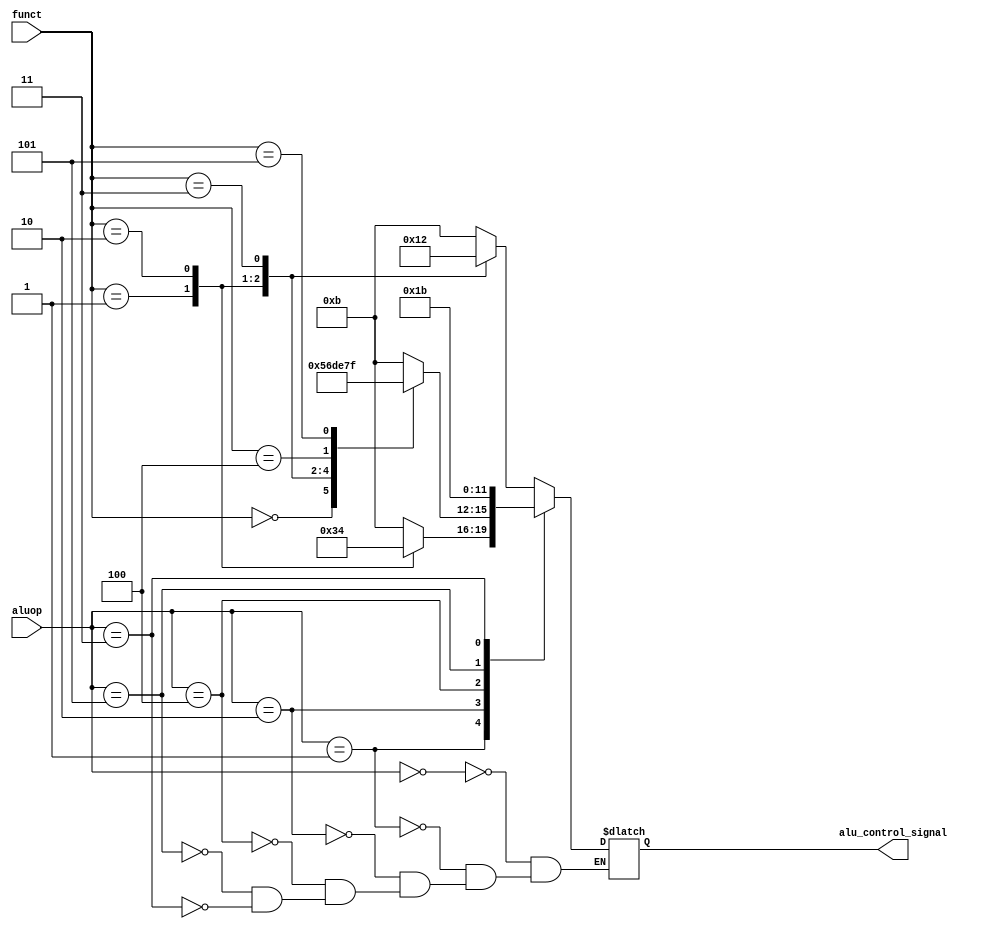
`timescale 1ns / 1ps
//////////////////////////////////////////////////////////////////////////////////
// Company: 
// Engineer: 
// 
// Design Name: 
// Module Name:    alu_control 
// Project Name: 
// Target Devices: 
// Tool versions: 
// Description: 
//
// Dependencies: 
//
// Revision: 
// Revision 0.01 - File Created
// Additional Comments: 
//
//////////////////////////////////////////////////////////////////////////////////
`timescale 1ns/1ps

module ALU_Control_Unit(
   funct,
    aluop,
    alu_control_signal
);

  input [5:0] funct;
  input [2:0] aluop;
  output reg [3:0] alu_control_signal;

always @(*) begin
    case(aluop)
        3'b000:
          begin
            case (funct)
                      6'b000001: alu_control_signal <= 4'b0000;
                      6'b000010: alu_control_signal <= 4'b0001;
                      6'b000011: alu_control_signal <= 4'b0010;
                      default: alu_control_signal <= 4'b1011;
            endcase
          end
        3'b001:
          begin
            case (funct)
                      6'b000001: alu_control_signal <= 4'b0011;
                      6'b000010: alu_control_signal <= 4'b0100;
                      default: alu_control_signal <= 4'b1011;
            endcase
          end
        3'b010:
          begin
            case (funct)
                      6'b000000: alu_control_signal <= 4'b0101;
                      6'b000001: alu_control_signal <= 4'b0110;
                      6'b000010: alu_control_signal <= 4'b1101;
                      6'b000011: alu_control_signal <= 4'b1110;
                      6'b000100: alu_control_signal <= 4'b0111;
                      6'b000101: alu_control_signal <= 4'b1111;
                      default: alu_control_signal <= 4'b1011;
            endcase
          end
        3'b100:
          begin
              alu_control_signal <= 4'b0000;
          end
        3'b101:
          begin
              alu_control_signal <= 4'b0001;
          end        
        3'b011:
          begin
              alu_control_signal <= 4'b1011;
          end
          endcase
    end

endmodule